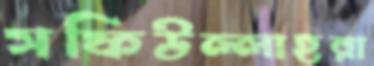
সফিউল্লাহরা